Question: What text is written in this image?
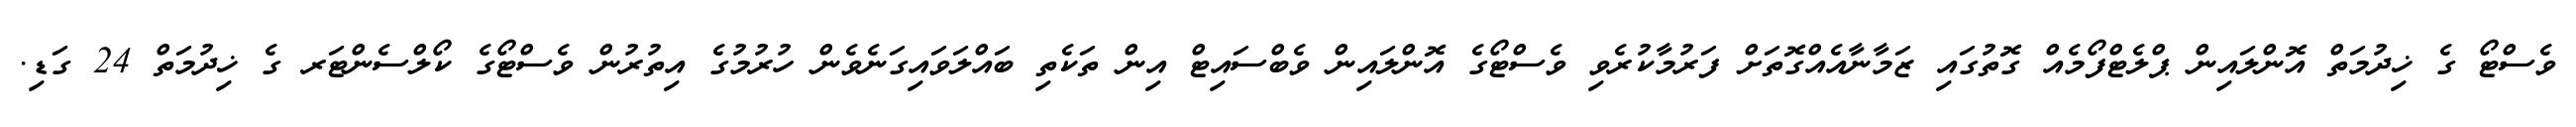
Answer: ވެސްޓޯ ގެ ޚިދުމަތް އޮންލައިން ޕްލެޓްފޯމެއް ގޮތުގައި ޒަމާނާއެއްގޮތަށް ފަރުމާކުރެވި ވެސްޓޯގެ އޮންލައިން ވެބްސައިޓް އިން ތަކެތި ބައްލަވައިގަނެވެން ހުރުމުގެ އިތުރުން ވެސްޓޯގެ ކޯލްސެންޓަރ ގެ ޚިދުމަތް 24 ގަޑި.